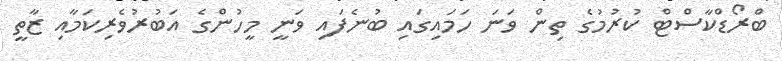
ބްރޯޑްކާސްޓް ކުރުމުގެ ތިން ވަނަ ހަމައިގައި ބުނެފައި ވަނީ މީހުންގެ އަބުރުވެރިކަމާއި ޒާތީ